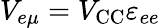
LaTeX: V_{e\mu}=V_{\mathrm{CC}}\varepsilon_{ee}